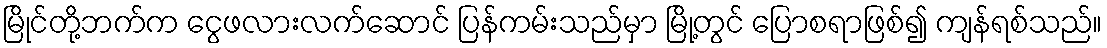
မြိုင်တို့ဘက်က ငွေဖလားလက်ဆောင် ပြန်ကမ်းသည်မှာ မြို့တွင် ပြောစရာဖြစ်၍ ကျန်ရစ်သည်။